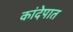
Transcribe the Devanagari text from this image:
कांदेपात